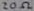
Text: 20Ω